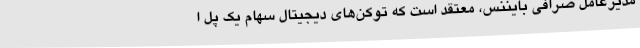
مدیرعامل صرافی بایننس، معتقد است که توکن‌های دیجیتال سهام یک پل ا